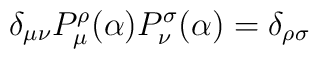
\delta_{\mu\nu}P_\mu^\rho(\alpha)P_\nu^\sigma(\alpha) =\delta_{\rho\sigma}